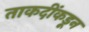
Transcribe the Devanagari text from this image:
ताकदींकडून